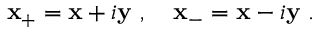
{ \bf x _ { + } } = { \bf x } + i { \bf y } ~ , ~ ~ ~ { \bf x _ { - } } = { \bf x } - i { \bf y } \; .